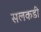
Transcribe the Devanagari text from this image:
सलकडी